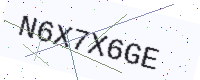
Text: N6X7X6GE